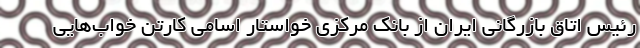
رئیس اتاق بازرگانی ایران از بانک مرکزی خواستار اسامی کارتن خواب‌هایی